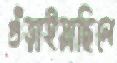
গুঁড়াইয়াছিলে